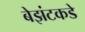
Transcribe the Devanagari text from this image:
बेझंटकडे